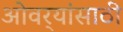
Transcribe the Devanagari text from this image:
ओवर्‍यांसाठी